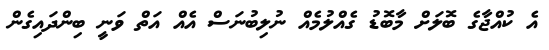
އެ ކުއްޖާގެ ބޮލަށް މާބޮޑު ގެއްލުމެއް ނުލިބުނަސް އެއް އަތް ވަނީ ބިންދައިގެން